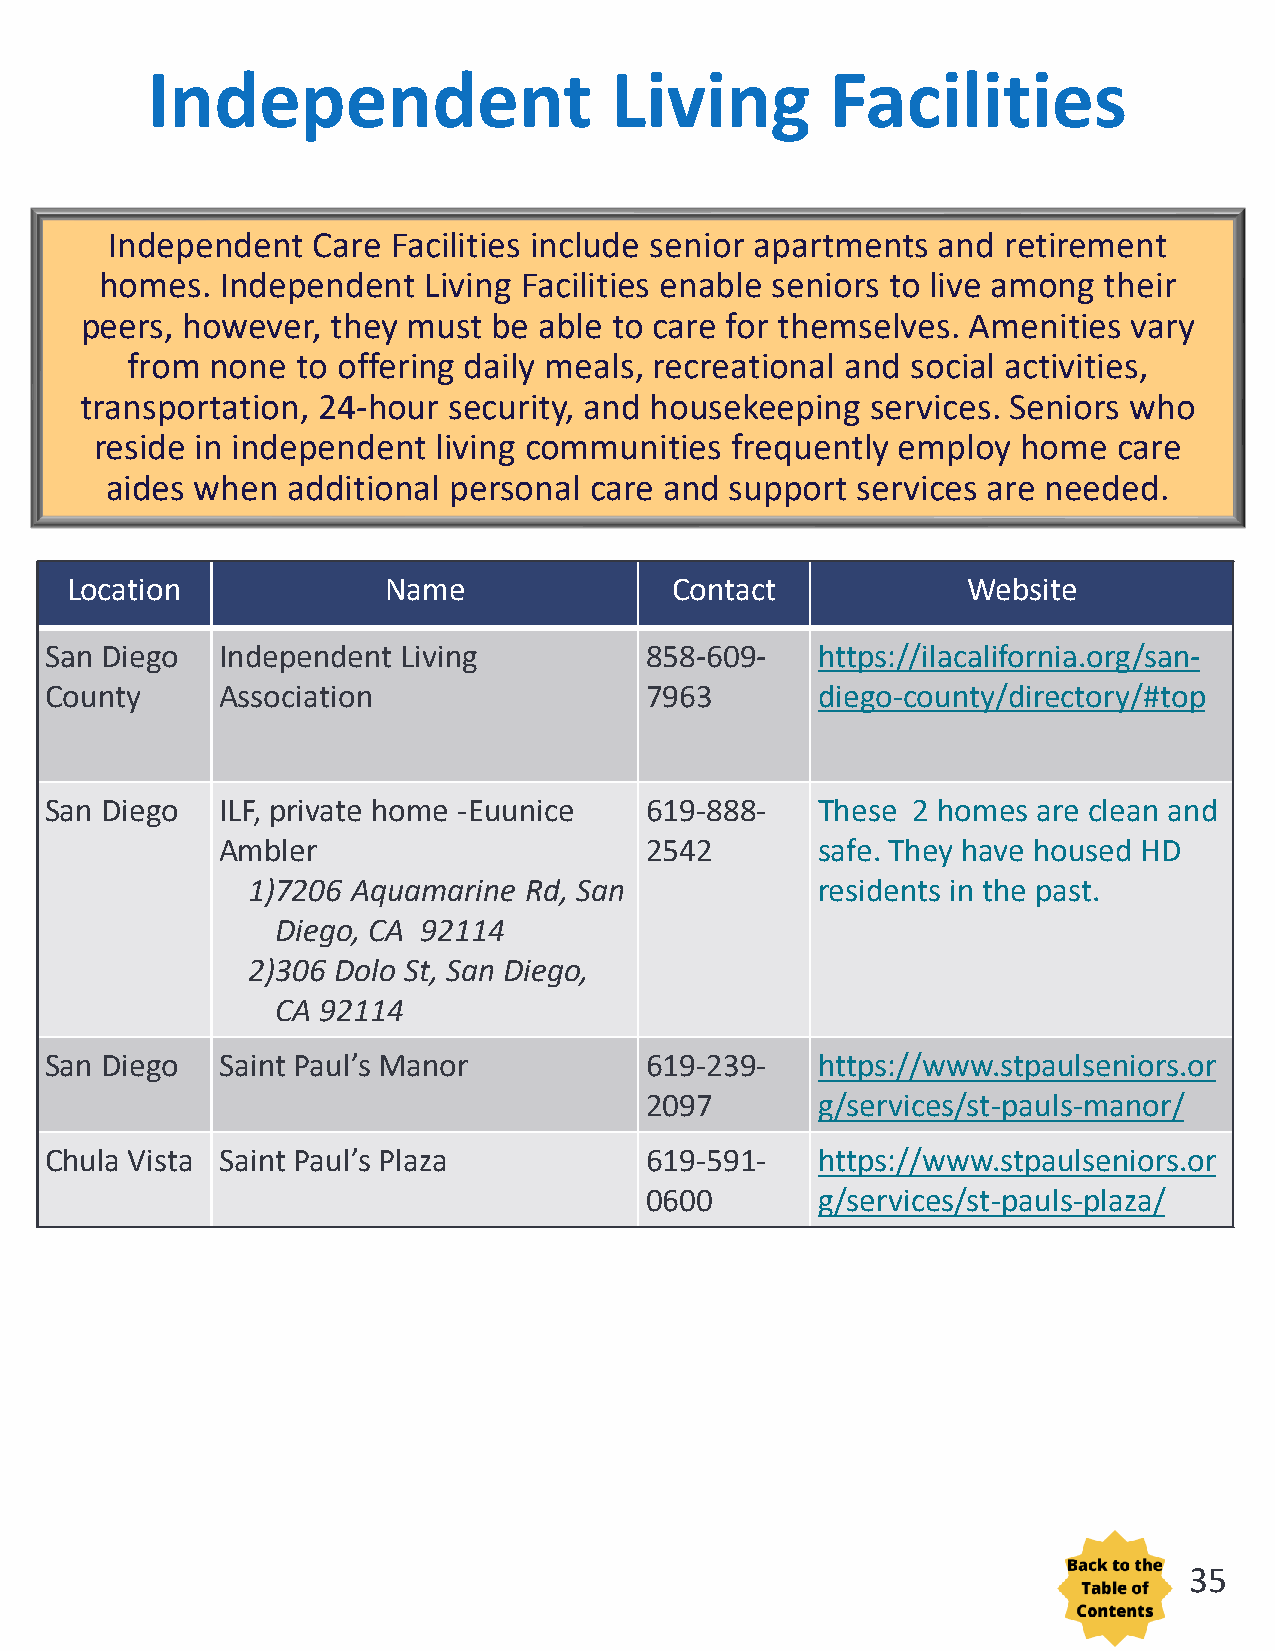
Independent                   Living         Facilities
 Independent   Care Facilities include senior apartments and retirement
 homes.  Independent  Living Facilities enable seniors to live among their
 peers, however,  they must  be able to care for themselves. Amenities vary
 from  none  to offering daily meals, recreational and social activities,
 transportation, 24-hour  security, and housekeeping  services. Seniors who
 reside in independent  living communities frequently employ   home  care
 aides when  additional personal care and support  services are needed.
 Location             Name               Contact             Website
 San Diego  Independent  Living          858-609-   https://ilacalifornia.org/san-
 County     Association                  7963       diego-county/directory/#top
 San Diego  ILF, private home -Euunice   619-888-   These 2 homes  are clean and
 Ambler                       2542       safe. They have housed HD
 1)7206 Aquamarine  Rd, San            residents in the past.
 Diego, CA 92114
 2)306 Dolo St, San Diego,
 CA 92114
 San Diego  Saint Paul’s Manor           619-239-   https://www.stpaulseniors.or
 2097       g/services/st-pauls-manor/
 Chula Vista Saint Paul’s Plaza          619-591-   https://www.stpaulseniors.or
 0600       g/services/st-pauls-plaza/
 35